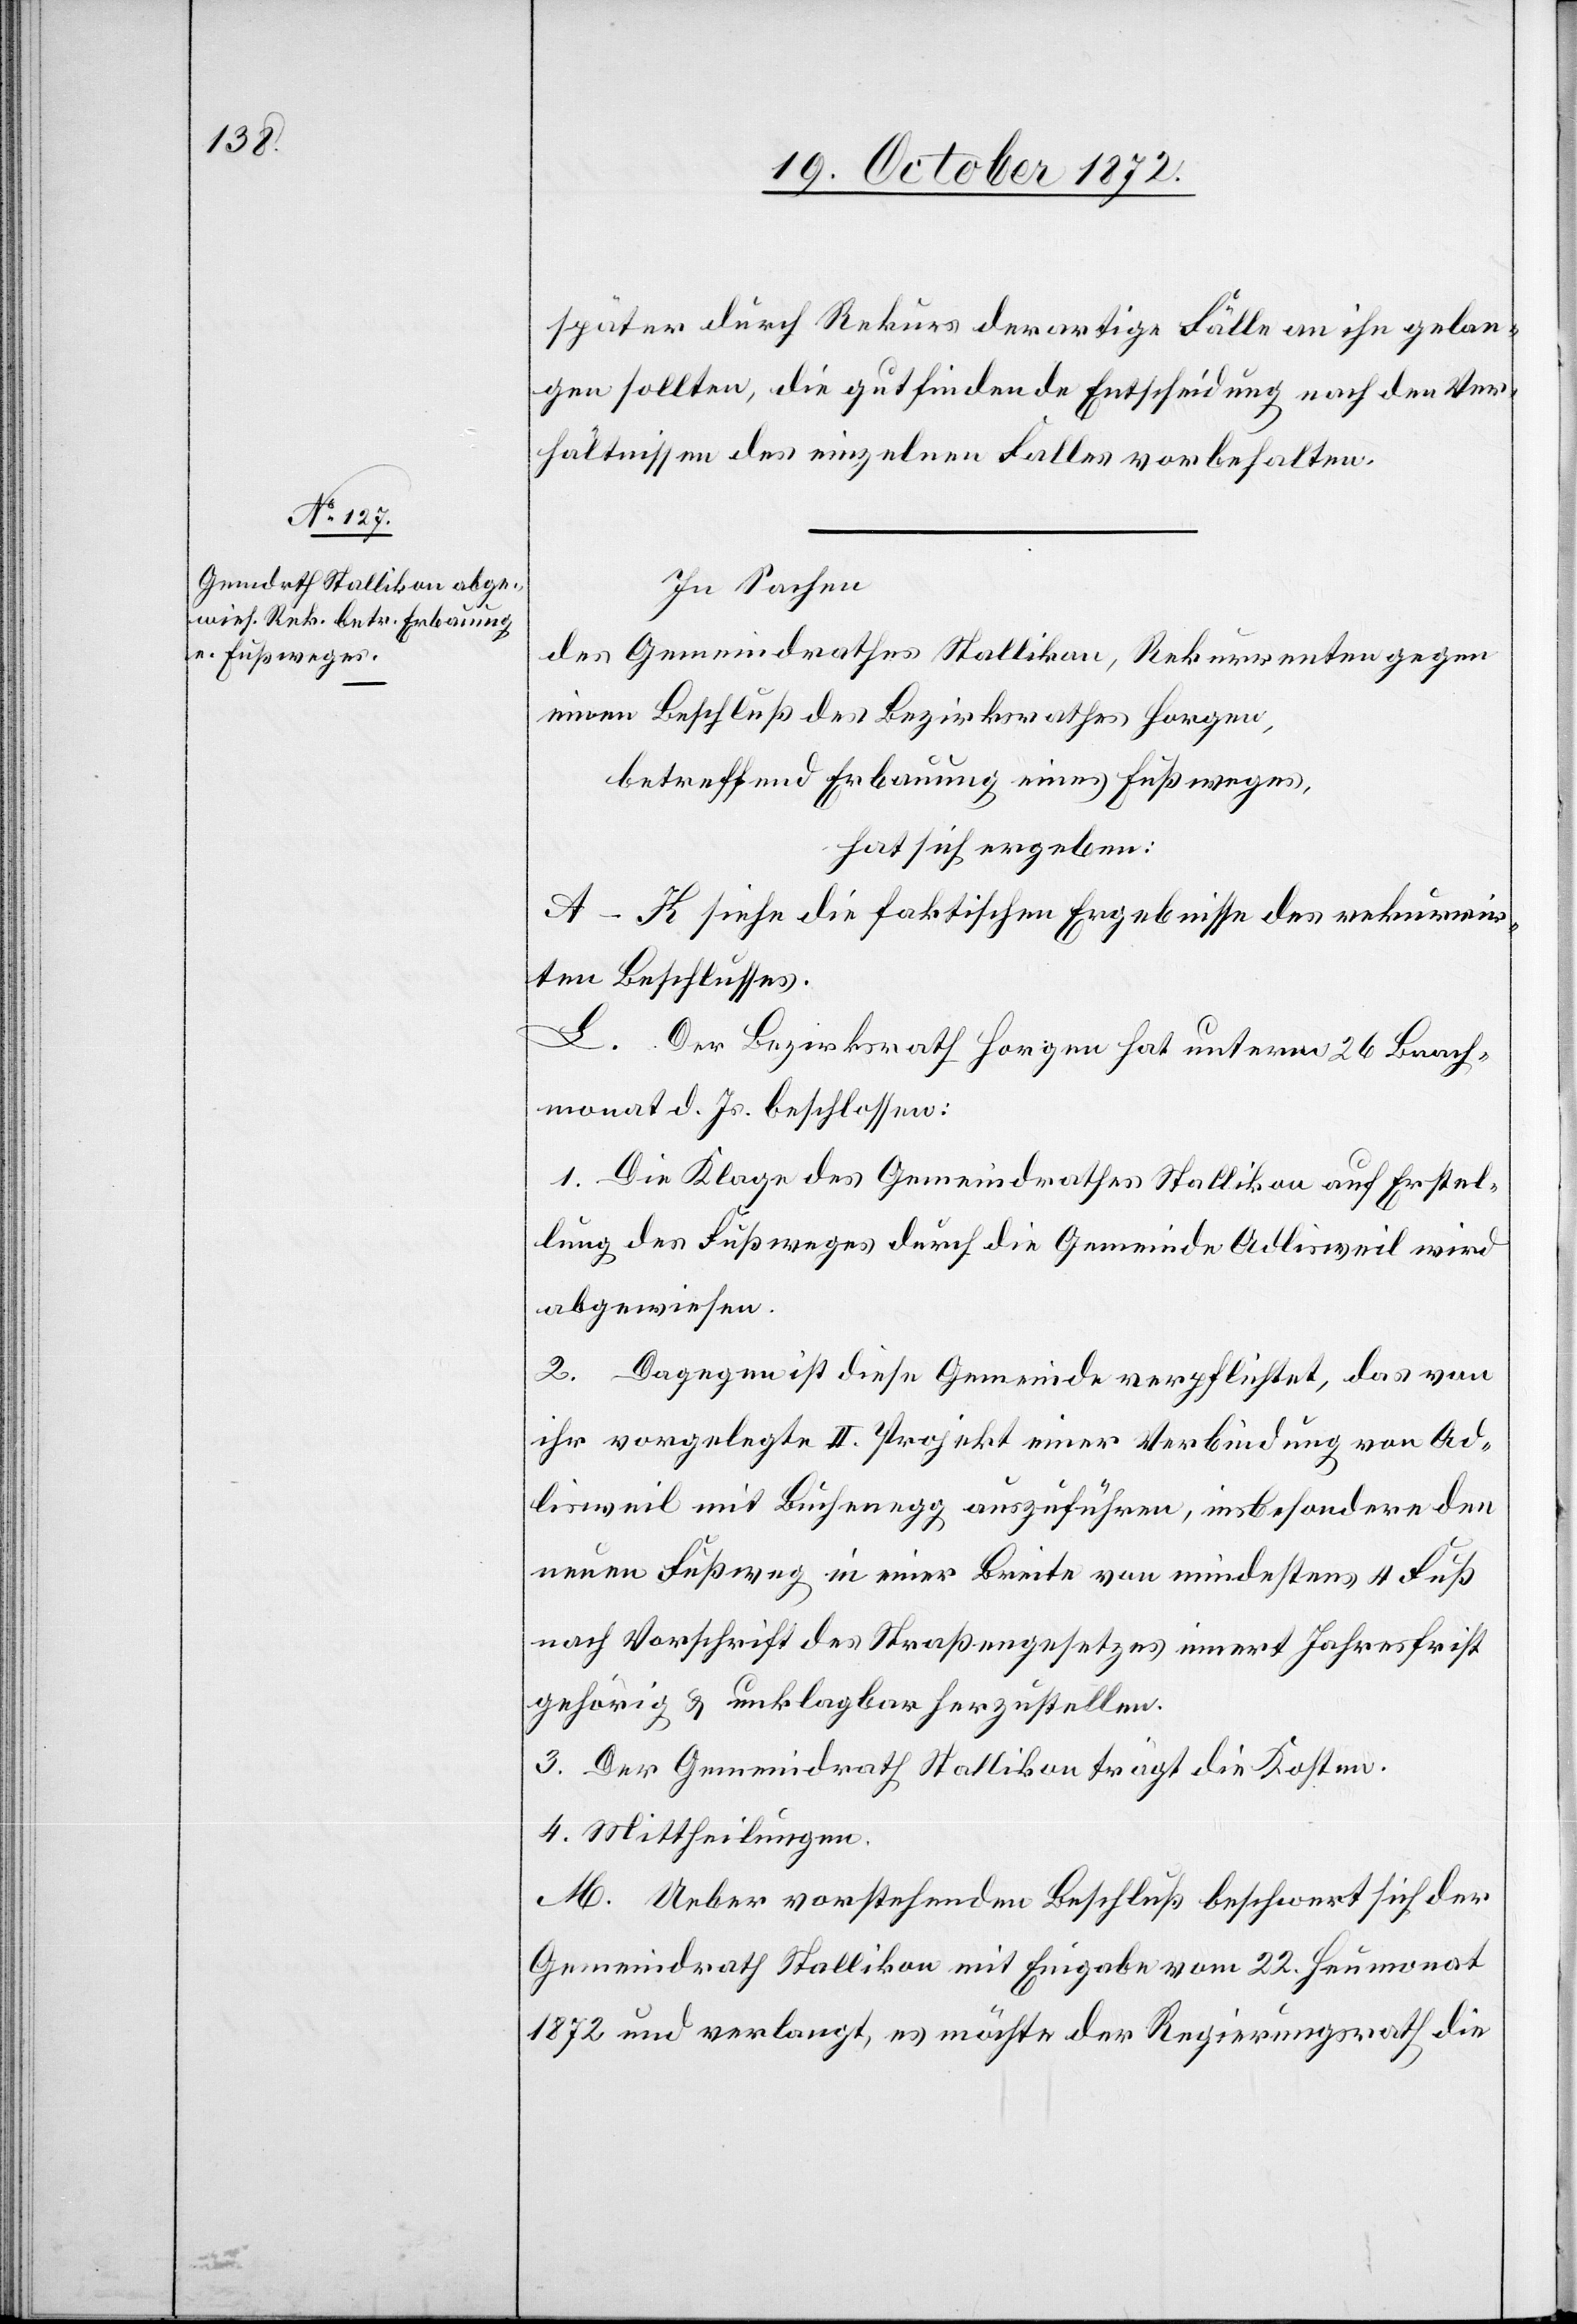
später durch Rekurs derartige Fälle an ihn gelan¬
gen sollten, die gutfindende Entscheidung nach den Ver¬
hältnissen des einzelnen Falles vorbehalten.
In Sachen
des Gemeindrathes Stallikon, Rekurrenten gegen
einen Beschluß des Bezirksrathes Horgen,
betreffend Erbauung eines Fußweges,
hat sich ergeben:
A–K siehe die faktischen Ergebnisse des rekurrir¬
ten Beschlusses.
L. Der Bezirksrath Horgen hat unterm 26 Brach¬
monat d. Js. beschlossen:
1. Die Klage des Gemeindrathes Stallikon auf Erstel¬
lung des Fußweges durch die Gemeinde Adlisweil wird
abgewiesen.
2. Dagegen ist diese Gemeinde verpflichtet, das von
ihr vorgelegte II. Projekt einer Verbindung von Ad¬
lisweil mit Buchenegg auszuführen, insbesondere den
neuen Fußweg in einer Breite von mindestens 4 Fuß
nach Vorschrift des Straßengesetzes innert Jahresfrist
gehörig u. unklagbar herzustellen.
3. Der Gemeindrath Stallikon trägt die Kosten.
4. Mittheilung.
M. Ueber vorstehenden Beschluß beschwert sich der
Gemeindrath Stallikon mit Eingabe vom 22. Heumonat
1872 und verlangt, es möchte der Regierungsrath die